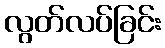
လွတ်လပ်ခြင်း